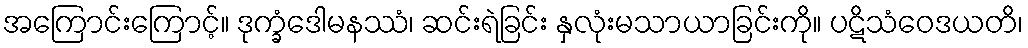
အကြောင်းကြောင့်။ ဒုက္ခံဒေါမနဿံ၊ ဆင်းရဲခြင်း နှလုံးမသာယာခြင်းကို။ ပဋိသံဝေဒယတိ၊